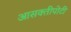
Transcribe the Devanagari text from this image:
आसक्तीपोटी